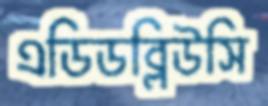
এডিডব্লিউসি